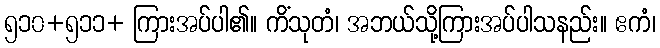
၅၁၀+၅၁၁+ ကြားအပ်ပါ၏။ ကိံသုတံ၊ အဘယ်သို့ကြားအပ်ပါသနည်း။ ဧကံ၊